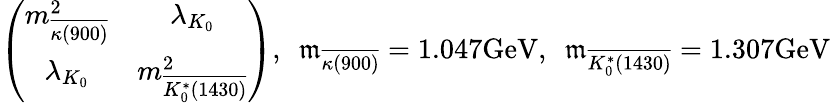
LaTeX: \left(\begin{array}{cc}{{m_{\overline{{{\kappa(900)}}}}^{2}}}&{{\lambda_{K_{0}}}}\\ {{\lambda_{K_{0}}}}&{{m_{\overline{{{K_{0}^{*}(1430)}}}}^{2}}}\end{array}\right),\ \ \mathfrak{m}_{\overline{{{{\kappa(900)}}}}}=1.047\mathrm{{GeV}},\ \ \mathfrak{m}_{\overline{{{{K_{0}^{*}(1430)}}}}}=1.307\mathrm{{GeV}}